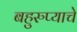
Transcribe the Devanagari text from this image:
बहुरुप्याचे